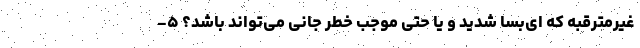
غیرمترقبه که ای‌بسا شدید و یا حتی موجب خطر جانی می‌تواند باشد؟ ۵-